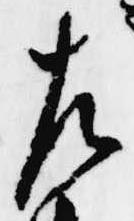
左